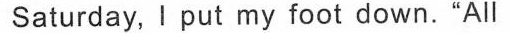
Saturday, I put my foot down."All